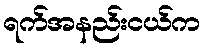
ရက်အနည်းငယ်က